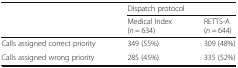
| <ROWSPAN=2>  | <COLSPAN=2> Dispatch protocol |
 | Medical Index (n = 634) | RETTS-A (n = 644) |
 | --- | --- | --- |
 | Calls assigned correct priority | 349 (55%) | 309 (48%) |
 | Calls assigned wrong priority | 285 (45%) | 335 (52%) |